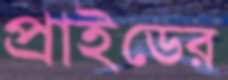
প্রাইডের